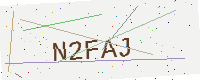
Text: N2FAJ